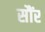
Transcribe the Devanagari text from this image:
सौंर